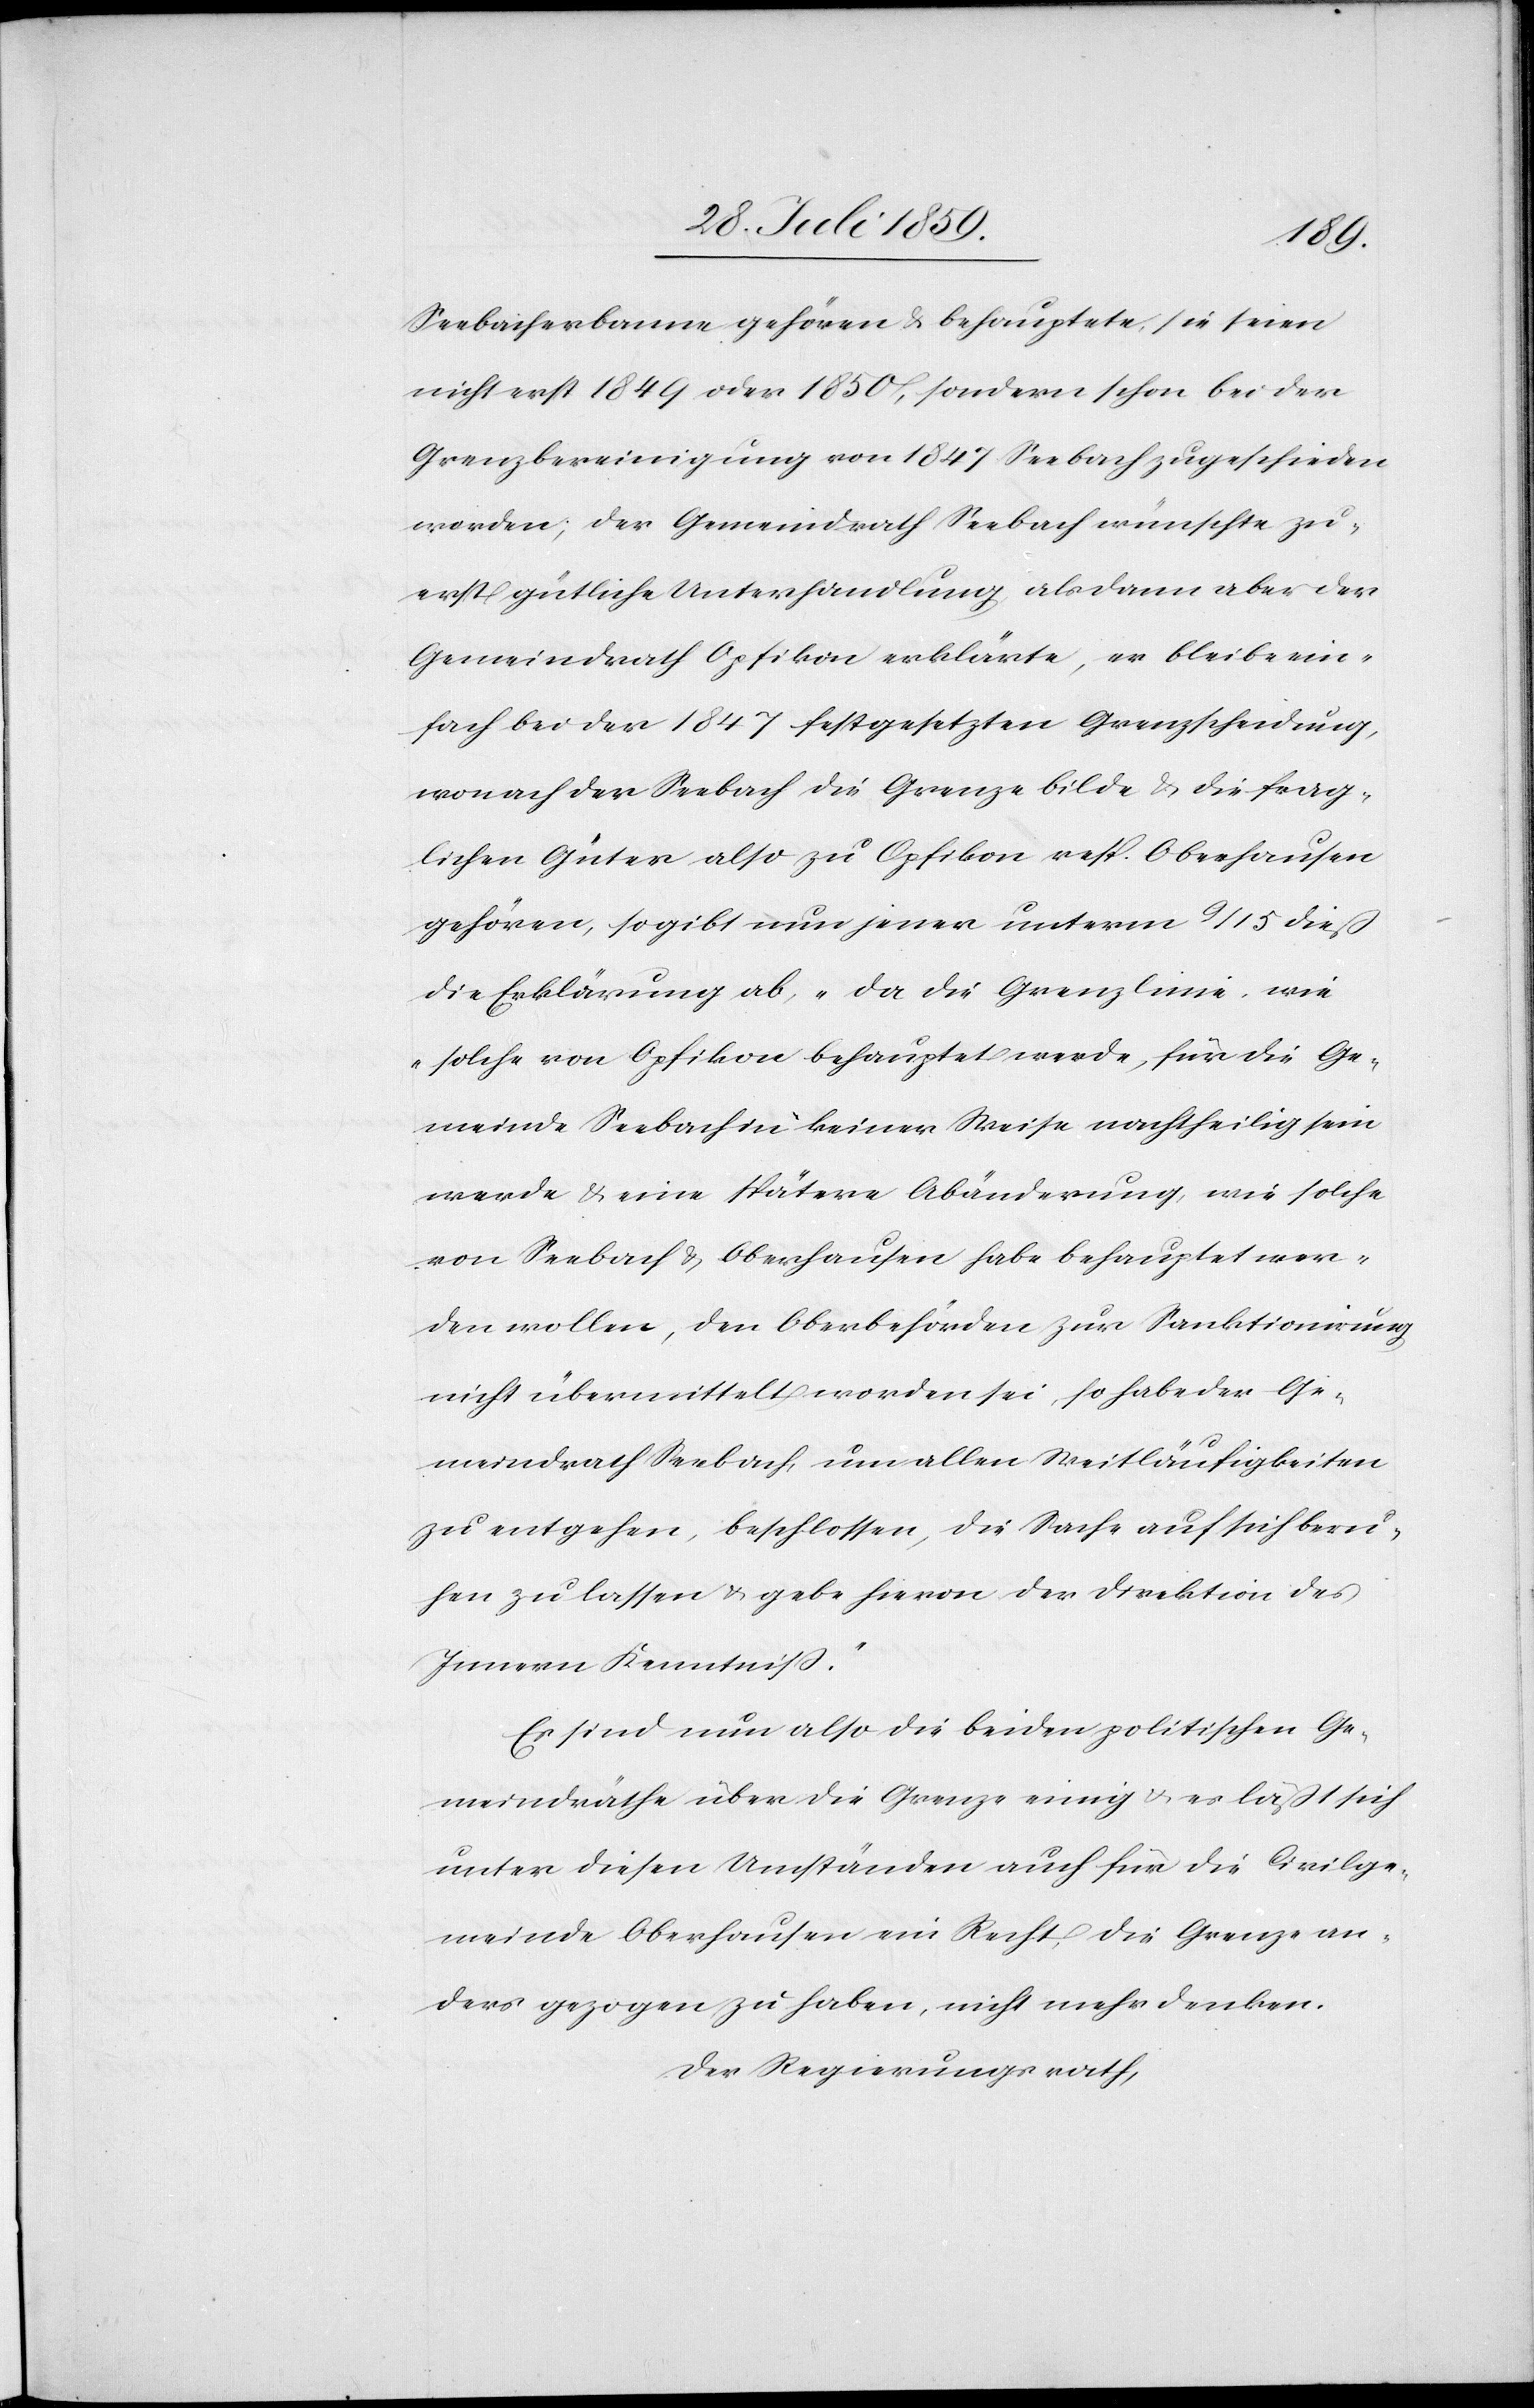
Seebacherbanne gehören u. behauptete, sie seien
nicht erst 1849 oder 1850, sondern schon bei der
Grenzbereinigung von 1847 Seebach zugeschieden
worden; der Gemeindrath Seebach wünschte zu¬
erst gütliche Unterhandlung als dann aber der
Gemeindrath Opfikon erklärte, er bleibe ein¬
fach bei der 1847 festgesetzten Grenzscheidung,
wonach der Seebach die Grenze bilde u. die frag¬
lichen Güter also zu Opfikon resp. Oberhausen
gehören, so gibt nun jener unterm 9/15 dieß
die Erklärung ab, „da die Grenzlinie, wie
solche von Opfikon behauptet werde, für die Ge¬
meinde Seebach in keiner Weise nachtheilig sein
werde u. eine spätere Abänderung, wie solche
von Seebach u. Oberhausen habe behauptet wer¬
den wollen, den Oberbehörden zur Sanktionirung
nicht übermittelt worden sei, so habe der Ge¬
meindrath Seebach, um allen Weitläufigkeiten
zu entgehen, beschlossen, die Sache auf sich beru¬
hen zu lassen u. gebe hievon der Direktion des
Innern Kenntniß.“
Es sind nun also die beiden politischen Ge¬
meindräthe über die Grenze einig u. es läßt sich
unter diesen Umständen auch für die Civilge¬
meinde Oberhausen ein Recht, die Grenze an¬
ders gezogen zu haben, nicht mehr denken.
Der Regierungsrath,